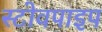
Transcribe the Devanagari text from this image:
स्टोवपाइप